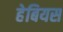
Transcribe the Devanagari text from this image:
हेबियस